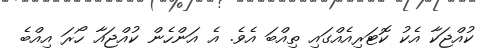
ކުއްޖަކާ އެކު ކޮޓަރިއެއްގައި ތިއްބަ އެވެ. އެ އަންހެން ކުއްޖައާ ހޯރަ އިއްބެ